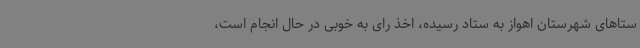
ستاهای شهرستان اهواز به ستاد رسیده، اخذ رای به خوبی در حال انجام است،